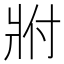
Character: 𬌀